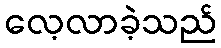
လေ့လာခဲ့သည်